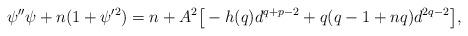
LaTeX: \begin{align*}\psi''\psi+n(1+\psi'^{2})=n+A^{2}\big[-h(q)d^{q+p-2}+q(q-1+nq)d^{2q-2}\big],\end{align*}